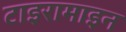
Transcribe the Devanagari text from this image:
टाइरामाइन